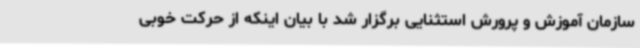
سازمان آموزش و پرورش استثنایی برگزار شد با بیان اینکه از حرکت خوبی